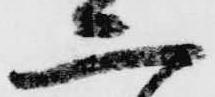
二